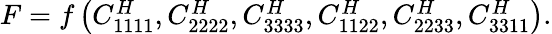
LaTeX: \begin{array}{r}{F=f\left(C_{1111}^{H},C_{2222}^{H},C_{3333}^{H},C_{1122}^{H},C_{2233}^{H},C_{3311}^{H}\right).}\end{array}